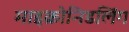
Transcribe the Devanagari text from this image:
माइक्रोनिडलिंग